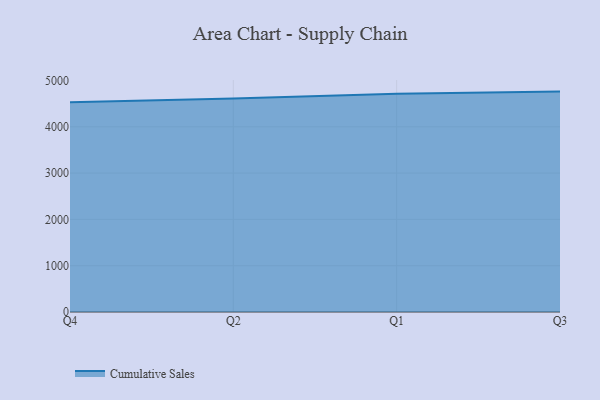
{"axis": {"x": "Quarter", "y": "Waste Production (Tons)"}, "legend": ["Cumulative Sales"], "data": [{"x": "Q4", "y": 4529.3, "type": "Cumulative Sales"}, {"x": "Q2", "y": 4611.4, "type": "Cumulative Sales"}, {"x": "Q1", "y": 4713.4, "type": "Cumulative Sales"}, {"x": "Q3", "y": 4759.8, "type": "Cumulative Sales"}]}